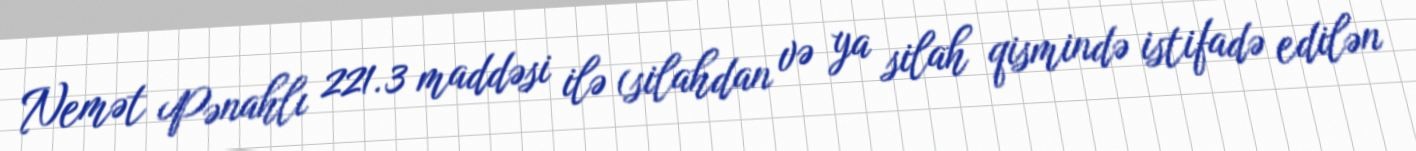
Nemət Pənahlı 221.3 maddəsi ilə (silahdan və ya silah qismində istifadə edilən